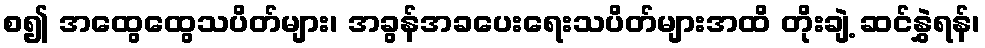
စ၍ အထွေထွေသပိတ်များ၊ အခွန်အခပေးရေးသပိတ်များအထိ တိုးချဲ့ ဆင်နွှဲရန်၊